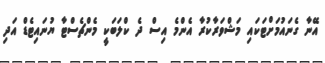
އޭނާ ގެނައުމަށްޓަކައި މަޝްވަރާކުރާ އެންމެ އިސް ދެ ކްލަބަކީ މެންޗެސްޓާ ޔުނައިޓެޑް އަދި